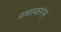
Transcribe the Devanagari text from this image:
नमस्कारम्